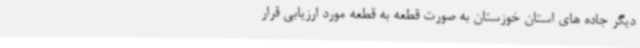
دیگر جاده های استان خوزستان به صورت قطعه به قطعه مورد ارزیابی قرار